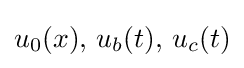
u_{0}(x),\,u_{b}(t),\,u_{c}(t)